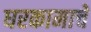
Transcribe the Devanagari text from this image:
घरकामाचे